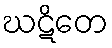
ဃဋိတေ